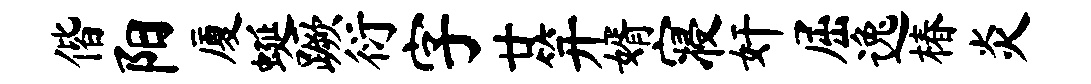
偕阳厦蜒蹶衍字廿笄婿寝奸屈逸椿炎